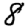
Digit: 8